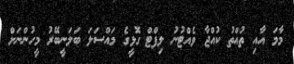
މާމަ އާއި ތުއްތު ކުއްޖާ ވެއްޓުނު ލިފްޓް ގޮޅީގެ މައްސަލަ ބަލަނީބޭރު މީހުންނަށް